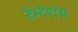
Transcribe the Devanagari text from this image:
टेम्टेशंस